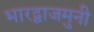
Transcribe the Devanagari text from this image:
भारद्वाजमुनी